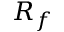
R _ { f }